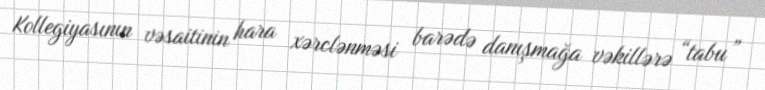
Kollegiyasının vəsaitinin hara xərclənməsi barədə danışmağa vəkillərə “tabu”